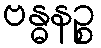
ဗန္ဓနဉ္စ